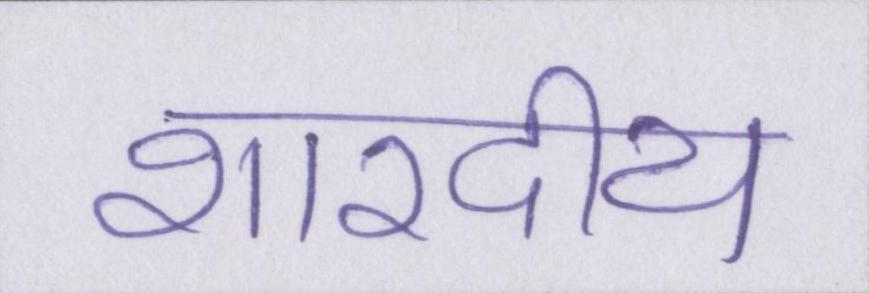
शारदीय